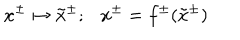
x ^ { \pm } \mapsto \tilde { x } ^ { \pm } ; x ^ { \pm } = f ^ { \pm } ( \tilde { x } ^ { \pm } )